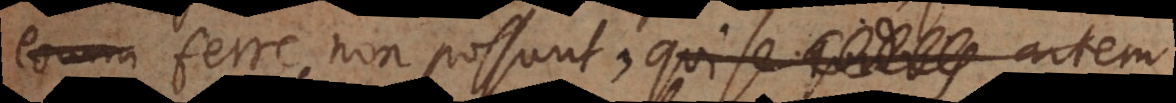
um ferre non possunt, qui se artem